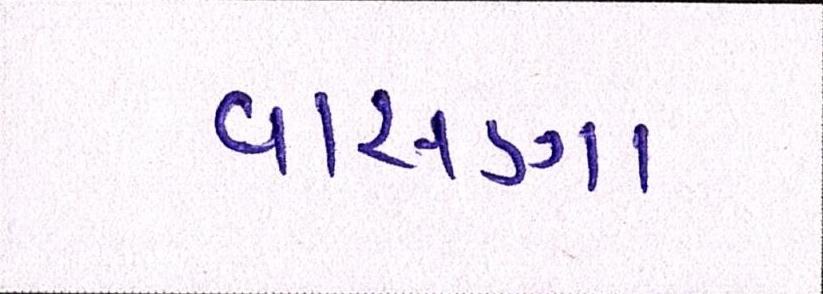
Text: વાસણા